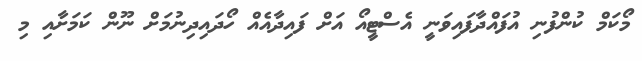
މޯކަމް ކުންފުނި އުފައްދާފައިވަނީ އެސްޓީއޯ އަށް ފައިދާއެއް ހޯދައިދިނުމަށް ނޫން ކަމަށާއި މި